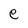
Character: e